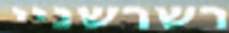
רשרשניי